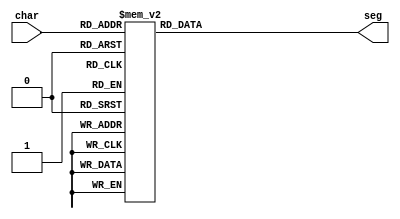
module sevenSeg_25 (
    input [6:0] char,
    output reg [6:0] seg
  );
  
  
  
  always @* begin
    
    case (char)
      1'h0: begin
        seg = 7'h3f;
      end
      1'h1: begin
        seg = 7'h06;
      end
      2'h2: begin
        seg = 7'h5b;
      end
      2'h3: begin
        seg = 7'h4f;
      end
      3'h4: begin
        seg = 7'h66;
      end
      3'h5: begin
        seg = 7'h6d;
      end
      3'h6: begin
        seg = 7'h7d;
      end
      3'h7: begin
        seg = 7'h07;
      end
      4'h8: begin
        seg = 7'h7f;
      end
      4'h9: begin
        seg = 7'h6f;
      end
      7'h61: begin
        seg = 7'h77;
      end
      7'h62: begin
        seg = 7'h7c;
      end
      7'h63: begin
        seg = 7'h39;
      end
      7'h64: begin
        seg = 7'h5e;
      end
      7'h65: begin
        seg = 7'h79;
      end
      7'h68: begin
        seg = 7'h74;
      end
      7'h6c: begin
        seg = 7'h38;
      end
      7'h6d: begin
        seg = 7'h15;
      end
      7'h6e: begin
        seg = 7'h37;
      end
      7'h6f: begin
        seg = 7'h5c;
      end
      7'h70: begin
        seg = 7'h73;
      end
      7'h71: begin
        seg = 7'h67;
      end
      7'h72: begin
        seg = 7'h50;
      end
      7'h73: begin
        seg = 7'h6d;
      end
      7'h74: begin
        seg = 7'h78;
      end
      7'h75: begin
        seg = 7'h3e;
      end
      7'h78: begin
        seg = 7'h76;
      end
      default: begin
        seg = 7'h00;
      end
    endcase
  end
endmodule